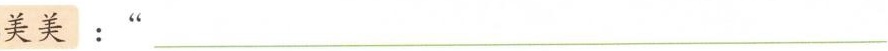
美美：“___